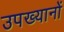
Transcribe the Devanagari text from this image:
उपख्यानों